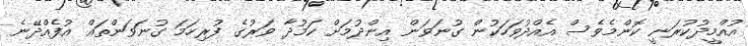
އުއްމީދުކުރަނީ ކޮންމެވެސް އެއްދުވަހަކުން ގުނަވަން އިންދުމަށް ކަމުދާ ވަރުގެ ފުރިހަމަ ގުނަވަންތައް އުފެއްދޭނެ